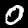
Digit: 0